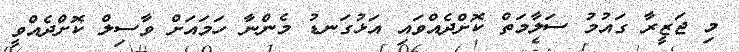
މި ޖަޒީރާ ގައުމު ސަލާމަތް ކޮށްދެއްވައި އަޅުގަނޑު މެންނާ ހަމައަށް ވާސިލް ކޮށްދެއްވީ